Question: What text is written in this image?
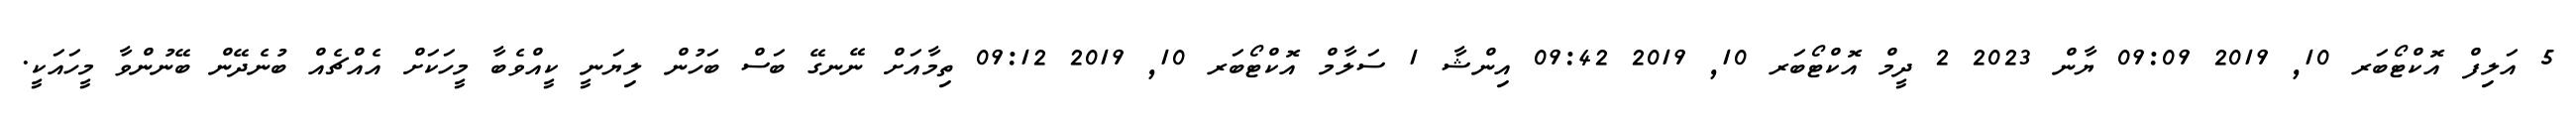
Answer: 5 އަލިފް އޮކްޓޯބަރ 10, 2019 09:09 ޔާން 2023 2 ދީމް އޮކްޓޯބަރ 10, 2019 09:42 އިންޝާ 1 ސަލާމް އޮކްޓޯބަރ 10, 2019 09:12 ތިމާއަށް ނޭނގޭ ބަސް ބަހުން ލިޔަނީ ކީއްވެބާ މީހަކަށް އެއްޗެއް ބުނެދޭން ބޭނުންވާ މީހައަކީ.